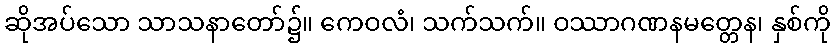
ဆိုအပ်သော သာသနာတော်၌။ ကေဝလံ၊ သက်သက်။ ဝဿာဂဏနမတ္တေန၊ နှစ်ကို